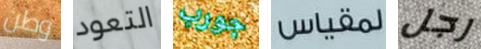
وطن التعود جورب لمقباس رجل